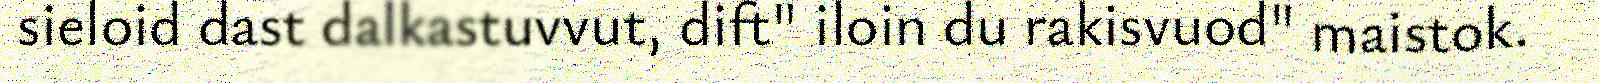
sieloid dast dalkastuvvut, dift" iloin du rakisvuod" maistok.